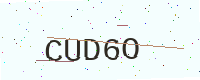
Text: CUD6O